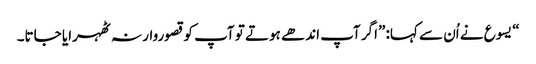
‏“‏ یسوع نے اُن سے کہا:‏ ”‏اگر آپ اندھے ہوتے تو آپ کو قصوروار نہ ٹھہرایا جاتا۔